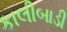
કાલીબાડી